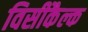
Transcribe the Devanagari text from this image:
विसीकैल्क